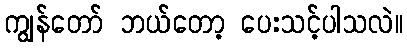
ကျွန်တော် ဘယ်တော့ ပေးသင့်ပါသလဲ။